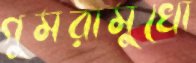
গুমরামুখো